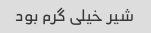
شیر خیلی گرم بود